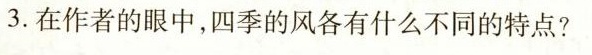
3.在作者的眼中，四季的风各有什么不同的特点?